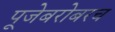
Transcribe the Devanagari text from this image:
पूजेबरोबरच